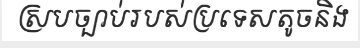
ស្របច្បាប់របស់ប្រទេសតូចនិង